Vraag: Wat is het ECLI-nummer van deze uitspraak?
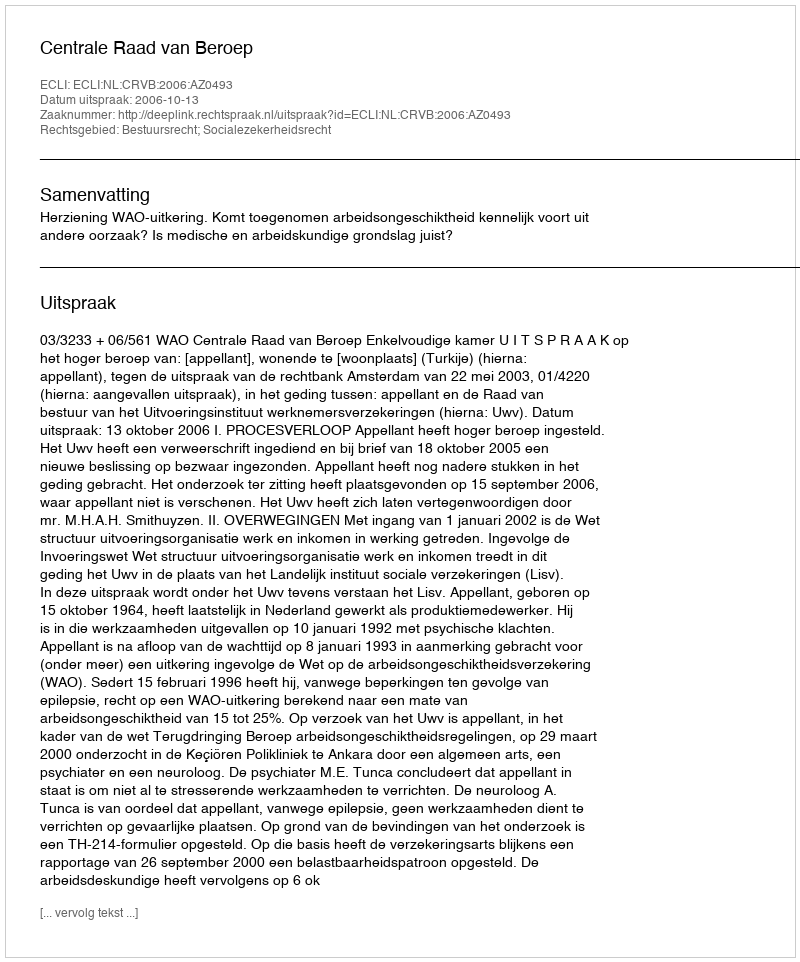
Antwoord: ECLI:NL:CRVB:2006:AZ0493